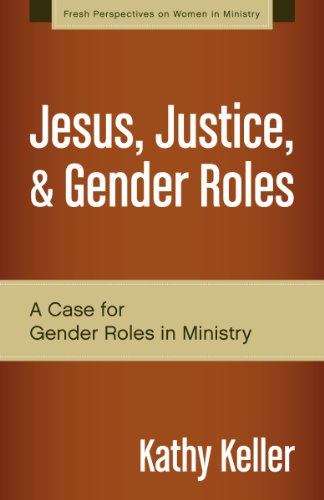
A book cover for Jesus, Justice, and Gender Roles: A Case for Gender Roles in Ministry (Fresh Perspectives on Women in Ministry); Kathy Keller; Christian Books & Bibles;